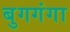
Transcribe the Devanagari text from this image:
बुगगंगा